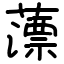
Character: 薸